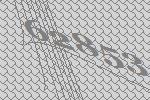
62853